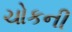
ચોકની